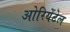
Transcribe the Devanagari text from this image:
ओरियेंटेल